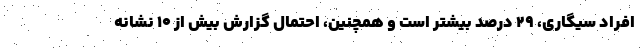
افراد سیگاری، ۲۹ درصد بیشتر است و همچنین، احتمال گزارش بیش از ۱۰ نشانه